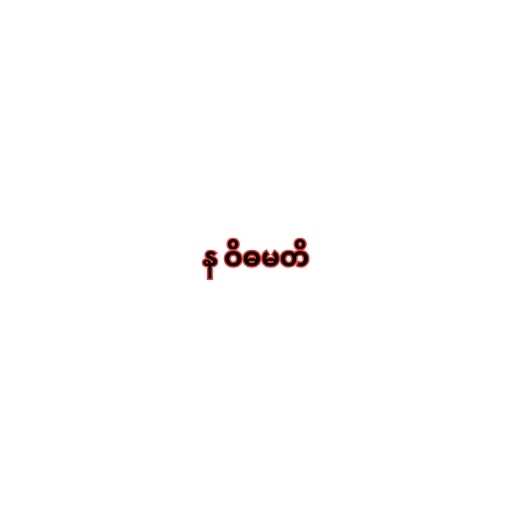
န ဝိဓမတိ